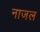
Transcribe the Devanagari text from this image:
नाजल